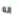
انه